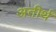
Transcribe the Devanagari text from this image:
अतीर्थ